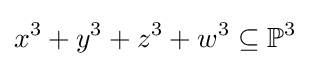
x^{3}+y^{3}+z^{3}+w^{3}\subseteq \mathbb {P} ^{3}